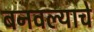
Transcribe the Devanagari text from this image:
बनवल्याचे